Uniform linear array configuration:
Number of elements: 4
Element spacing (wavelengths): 0.75
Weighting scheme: kaiser
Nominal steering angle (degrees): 15
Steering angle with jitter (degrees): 14.698
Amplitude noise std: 0.05
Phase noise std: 0.05

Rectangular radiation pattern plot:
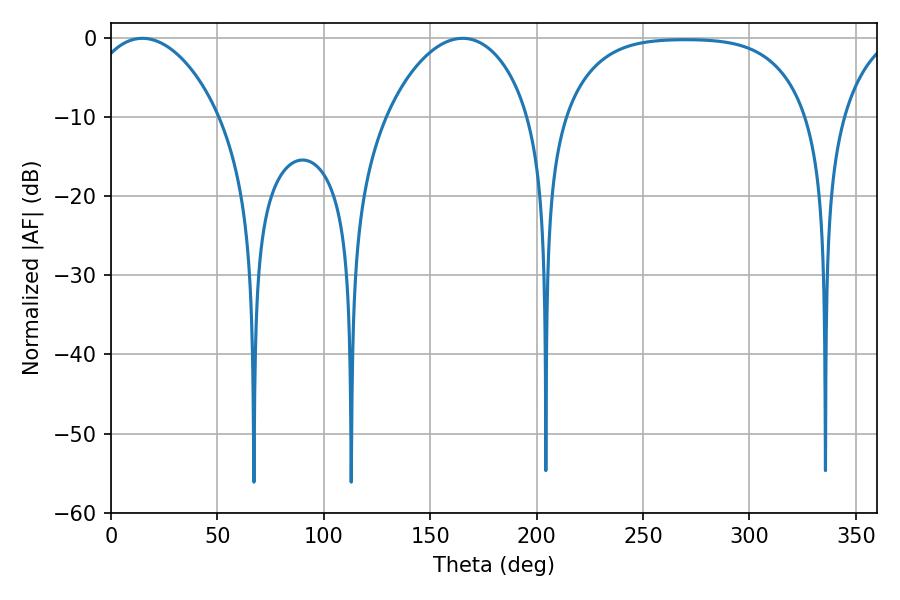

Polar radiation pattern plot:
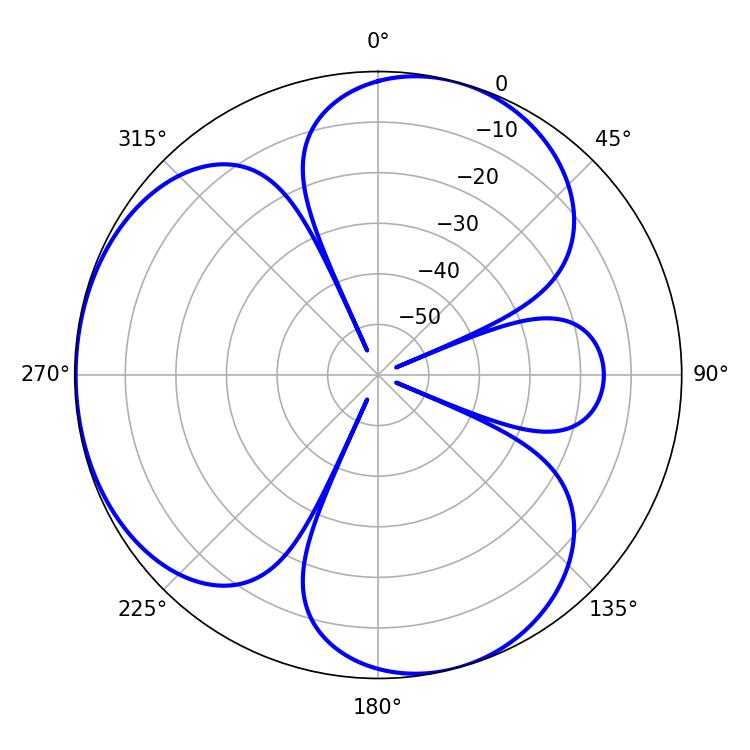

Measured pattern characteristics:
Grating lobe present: TRUE
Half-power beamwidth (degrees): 34.74
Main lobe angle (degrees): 14.76